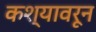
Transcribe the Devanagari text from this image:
कश्यावरून